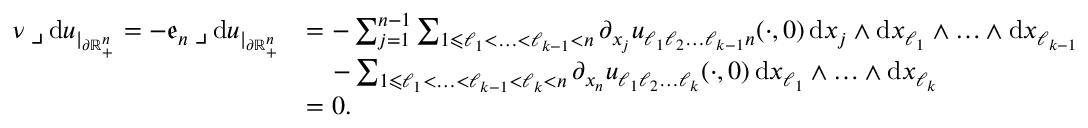
\begin{array} { r l } { \nu \mathbin { \lrcorner } \mathrm { d } u _ { | _ { \partial \mathbb { R } _ { + } ^ { n } } } = - \mathfrak { e } _ { n } \mathbin { \lrcorner } \mathrm { d } u _ { | _ { \partial \mathbb { R } _ { + } ^ { n } } } } & { = - \sum _ { j = 1 } ^ { n - 1 } \sum _ { 1 \leqslant \ell _ { 1 } < \ldots < \ell _ { k - 1 } < n } \partial _ { x _ { j } } u _ { \ell _ { 1 } \ell _ { 2 } \ldots \ell _ { k - 1 } n } ( \cdot , 0 ) \, \mathrm { d } x _ { j } \wedge \mathrm { d } x _ { \ell _ { 1 } } \wedge \ldots \wedge \mathrm { d } x _ { \ell _ { k - 1 } } } \\ & { \quad - \sum _ { 1 \leqslant \ell _ { 1 } < \ldots < \ell _ { k - 1 } < \ell _ { k } < n } \partial _ { x _ { n } } u _ { \ell _ { 1 } \ell _ { 2 } \ldots \ell _ { k } } ( \cdot , 0 ) \, \mathrm { d } x _ { \ell _ { 1 } } \wedge \ldots \wedge \mathrm { d } x _ { \ell _ { k } } } \\ & { = 0 \mathrm { . ~ } } \end{array}